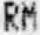
RM